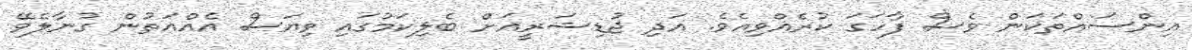
އިންސައްތަކަން ވެސް ފާހަގަ ކުރެއްވިއެވެ. އަދި ޖުޑިޝަރީއަށް ބެލިކަމުގައި ވިޔަސް އެއްއަތުން ގުނާާލެވޭ